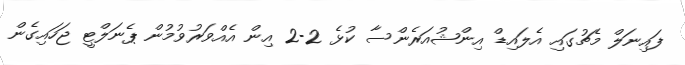
ފައިނަލް މެޗުގައި އެލައިޑް އިންޝުއަރެންސާ ކުޅެ 2-2 އިން އެއްވަރުވުމުން ޕެނަލްޓީ ޖަހައިގެން